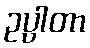
ဥပ္ပါတာ